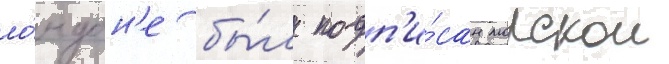
ло́ндон'е бы́л подп'и́сан морскои